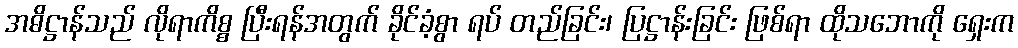
အဓိဋ္ဌာန်သည် လိုရာကိစ္စ ပြီးရန်အတွက် ခိုင်ခံ့စွာ ရပ် တည်ခြင်း၊ ပြဋ္ဌာန်းခြင်း ဖြစ်ရာ ထိုသဘောကို ရှေးက